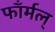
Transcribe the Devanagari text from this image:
फाँर्मल्